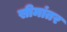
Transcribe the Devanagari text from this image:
सीमांतर